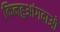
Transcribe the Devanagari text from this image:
किनहुआंगदाओ